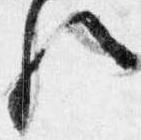
歟